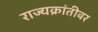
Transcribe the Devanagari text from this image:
राज्यक्रांतीवर